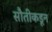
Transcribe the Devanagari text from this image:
सौतीकडून